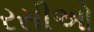
રસીઓ